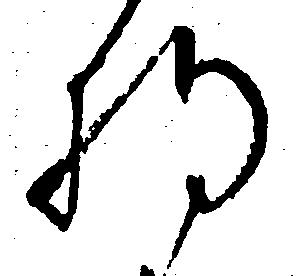
将